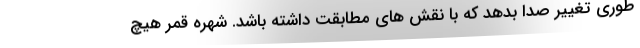
طوری تغییر صدا بدهد که با نقش های مطابقت داشته باشد. شهره قمر هیچ